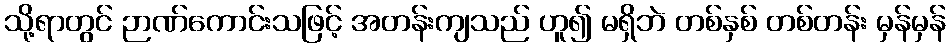
သို့ရာတွင် ဉာဏ်ကောင်းသဖြင့် အတန်းကျသည် ဟူ၍ မရှိဘဲ တစ်နှစ် တစ်တန်း မှန်မှန်